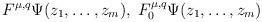
LaTeX: \begin{align*}F^{\mu,q}\Psi(z_{1},\ldots ,z_{m}),\;F_{0}^{\mu,q}\Psi(z_{1},\ldots,z_{m})\end{align*}